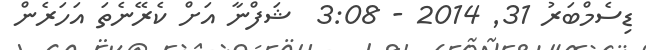
ޑިސެމްބަރު 31